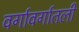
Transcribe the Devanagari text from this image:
वर्गावर्गातली